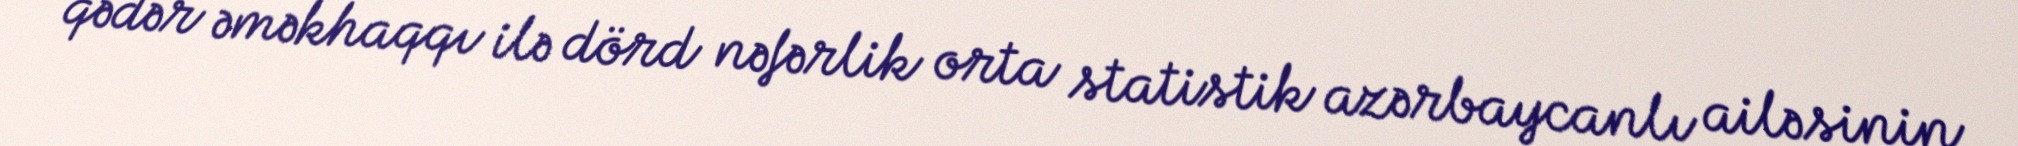
qədər əməkhaqqı ilə dörd nəfərlik orta statistik azərbaycanlı ailəsinin